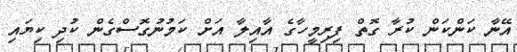
އޭނާ ކަންކަން ކުރާ ގޮތް ފިރިމީހާގެ އާއިލާ އަށް ކަމުނުގޮސްގެން ކުދި ކިޔައި